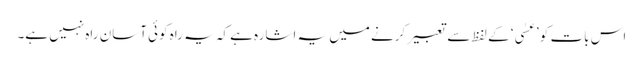
اس بات کو ’عَسٰی‘ کے لفظ سے تعبیر کرنے میں یہ اشارہ ہے کہ یہ راہ کوئی آسان راہ نہیں ہے۔